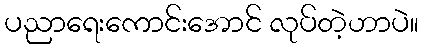
ပညာရေးကောင်းအောင် လုပ်တဲ့ဟာပဲ။